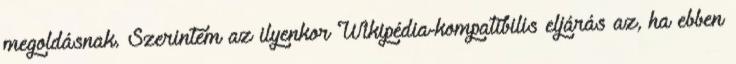
megoldásnak. Szerintem az ilyenkor Wikipédia-kompatibilis eljárás az, ha ebben